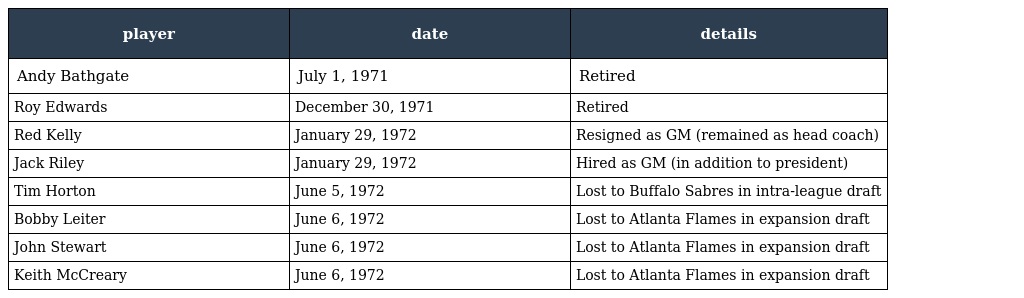
| player | date | details |
 | --- | --- | --- |
 | Andy Bathgate | July 1, 1971 | Retired |
 | Roy Edwards | December 30, 1971 | Retired |
 | Red Kelly | January 29, 1972 | Resigned as GM (remained as head coach) |
 | Jack Riley | January 29, 1972 | Hired as GM (in addition to president) |
 | Tim Horton | June 5, 1972 | Lost to Buffalo Sabres in intra-league draft |
 | Bobby Leiter | June 6, 1972 | Lost to Atlanta Flames in expansion draft |
 | John Stewart | June 6, 1972 | Lost to Atlanta Flames in expansion draft |
 | Keith McCreary | June 6, 1972 | Lost to Atlanta Flames in expansion draft |